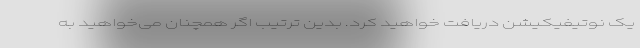
یک نوتیفیکیشن دریافت خواهید کرد. بدین ترتیب اگر همچنان می‌خواهید به